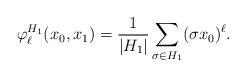
LaTeX: \begin{align*}\varphi_{\ell}^{H_1}(x_0,x_1)=\frac{1}{|H_1|}\sum_{\sigma\in H_1}(\sigma x_0)^{\ell}. \end{align*}